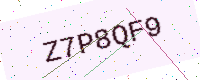
Text: Z7P8QF9